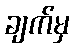
ချက်မှ